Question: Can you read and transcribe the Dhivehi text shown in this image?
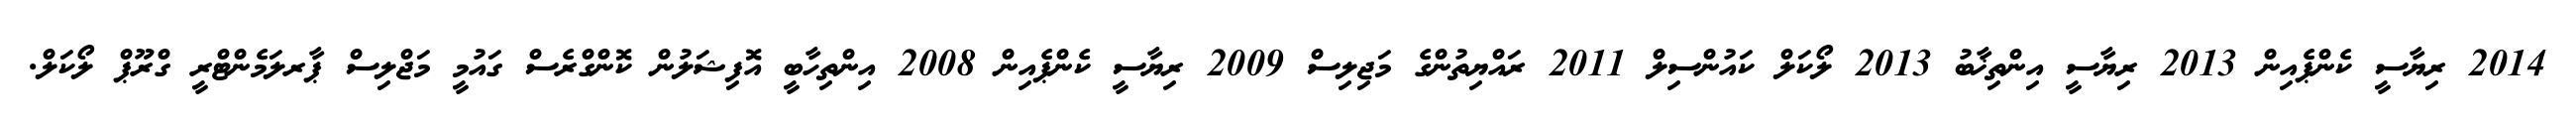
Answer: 2014 ރިޔާސީ ކެންޕެއިން 2013 ރިޔާސީ އިންތިޚާބު 2013 ލޯކަލް ކައުންސިލް 2011 ރައްޔިތުންގެ މަޖިލިސް 2009 ރިޔާސީ ކެންޕެއިން 2008 އިންތިހާބީ އޮފިޝަލުން ކޮންގްރެސް ގައުމީ މަޖްލިސް ޕާރލަމެންޓްރީ ގްރޫޕް ލޯކަލް.